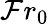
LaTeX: \mathcal{F}r_{0}